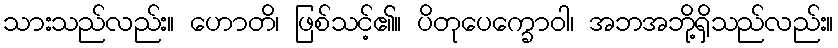
သားသည်လည်း။ ဟောတိ၊ ဖြစ်သင့်၏။ ပိတုပေက္ခောဝါ၊ အဘအဘို့ရှိသည်လည်း။